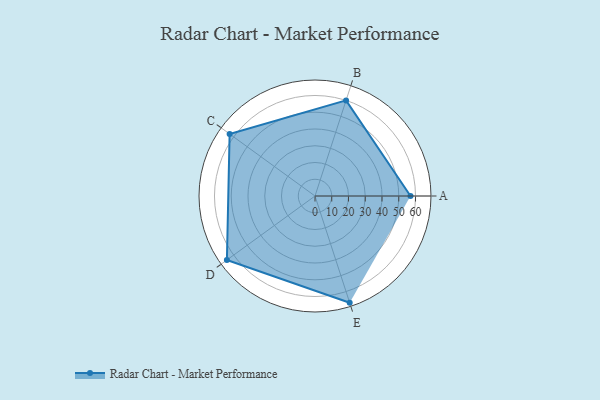
{"axis": {"x": "Skill", "y": "Score"}, "legend": ["Profile"], "data": [{"x": "A", "y": 57.0, "type": "Profile"}, {"x": "B", "y": 60.0, "type": "Profile"}, {"x": "C", "y": 63.0, "type": "Profile"}, {"x": "D", "y": 65.0, "type": "Profile"}, {"x": "E", "y": 67.0, "type": "Profile"}]}